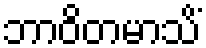
ဘာဝိတမာသိံ